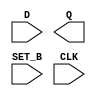
module sky130_fd_sc_ms__dfstp (
    //# {{data|Data Signals}}
    input  D    ,
    output Q    ,

    //# {{control|Control Signals}}
    input  SET_B,

    //# {{clocks|Clocking}}
    input  CLK
);

    // Voltage supply signals
    supply1 VPWR;
    supply0 VGND;
    supply1 VPB ;
    supply0 VNB ;

endmodule